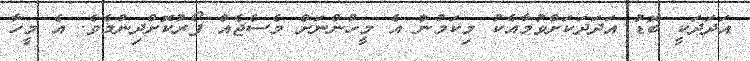
އަދަދަކީ ބޮޑު އަދަދަކަށްވުމާއެކު މިކަމުން އެ މީހުންނަށް މެސެޖެއް ފޯރުކޮށްދިނުމެވެ. އެ މީހާ